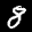
Label: 8